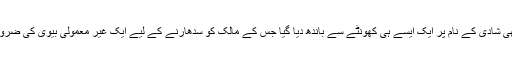
مجھے بھی شادی کے نام پر ایک ایسے ہی کھونٹے سے باندھ دیا گیا جس کے مالک کو سدھارنے کے لیے ایک غیر معمولی بیوی کی ضرورت تھی۔